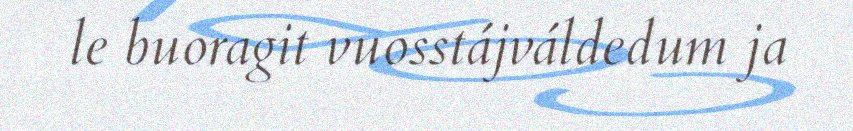
le buoragit vuosstájváldedum ja